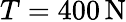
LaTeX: T=400\, \mathrm{N}